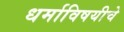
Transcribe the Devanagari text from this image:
धर्माविषयीचे